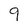
Character: 9